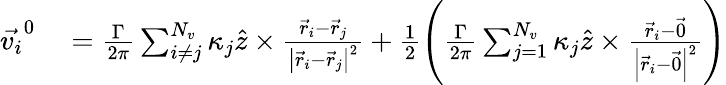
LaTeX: \begin{array}{rl}{\vec{v_{i}}^{0}}&{{}=\frac{\Gamma}{2\pi}\sum_{i\neq j}^{N_{v}}\kappa_{j}\hat{z}\times\frac{\vec{r}_{i}-\vec{r}_{j}}{\left|\vec{r}_{i}-\vec{r}_{j}\right|^{2}}+\frac{1}{2}\left(\frac{\Gamma}{2\pi}\sum_{j=1}^{N_{v}}\kappa_{j}\hat{z}\times\frac{\vec{r}_{i}-\vec{0}}{\left|\vec{r}_{i}-\vec{0}\right|^{2}}\right)}\end{array}